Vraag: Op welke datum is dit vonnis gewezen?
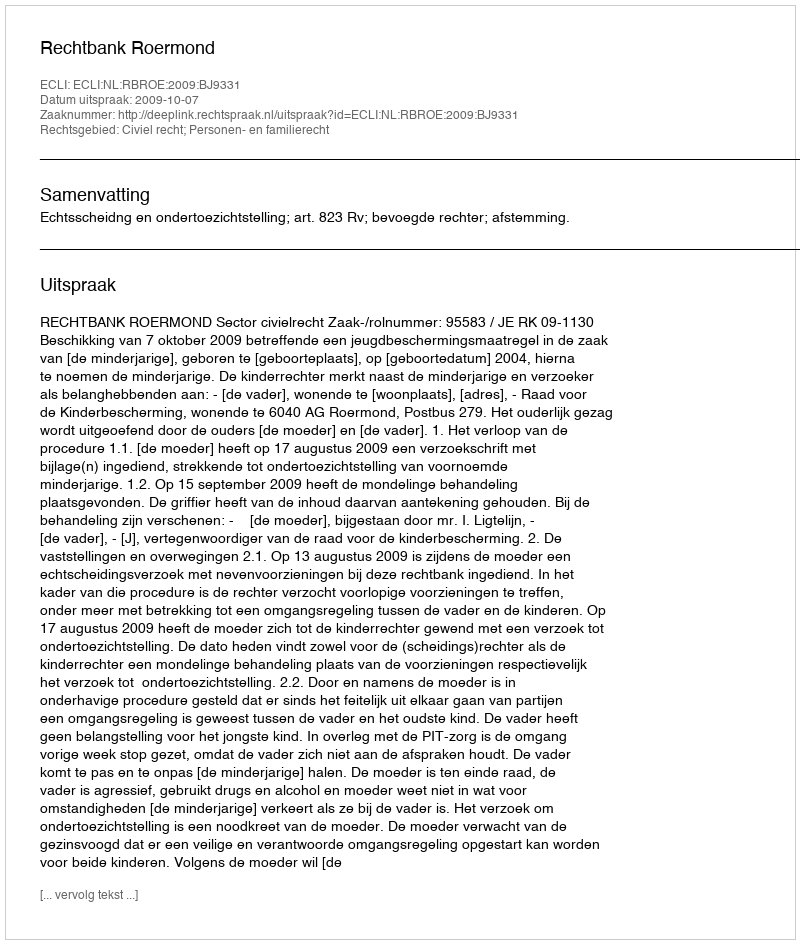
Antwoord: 2009-10-07